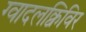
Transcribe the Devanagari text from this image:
ग्वादलक्विविर